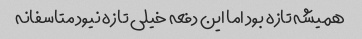
همیشه تازه بود اما این دفعه خیلی تازه نیود متاسفانه